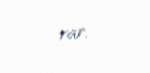
var.